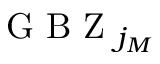
\mathrm { ~ G ~ B ~ Z ~ } _ { j _ { M } }